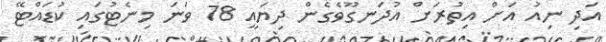
އަދި ނިއު އަށް އިތުރަށް އުދަނގޫވެގެން ދިޔައީ 78 ވަނަ މިނެޓުގައި ކުޑައްޓޭ